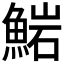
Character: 𩸶